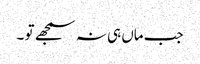
جب ماں ہی نہ سمجھے تو ۔